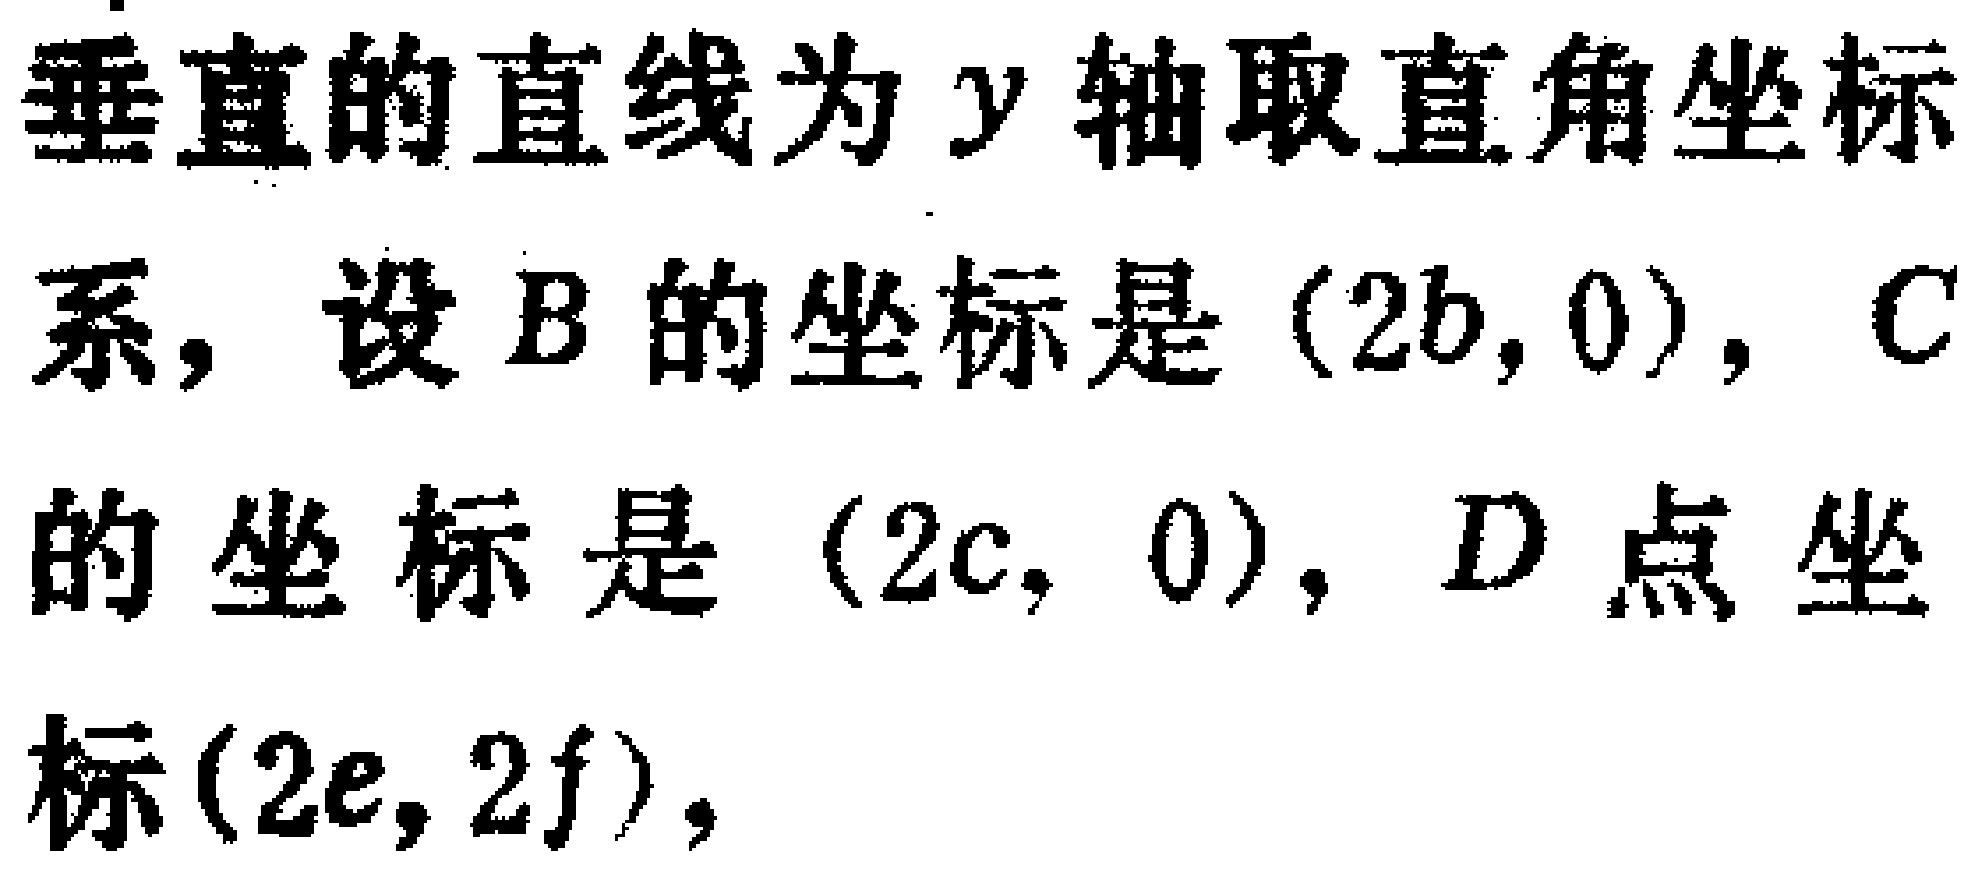
垂直的直线为 \(y\) 轴取直角坐标系，设 \(B\) 的坐标是 \((2b,0)\)，\(C\) 的坐标是 \((2c,0)\)，\(D\) 点坐标 \((2e,2f)\)，